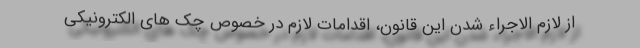
از لازم الاجراء شدن این قانون، اقدامات لازم در خصوص چک های الکترونیکی